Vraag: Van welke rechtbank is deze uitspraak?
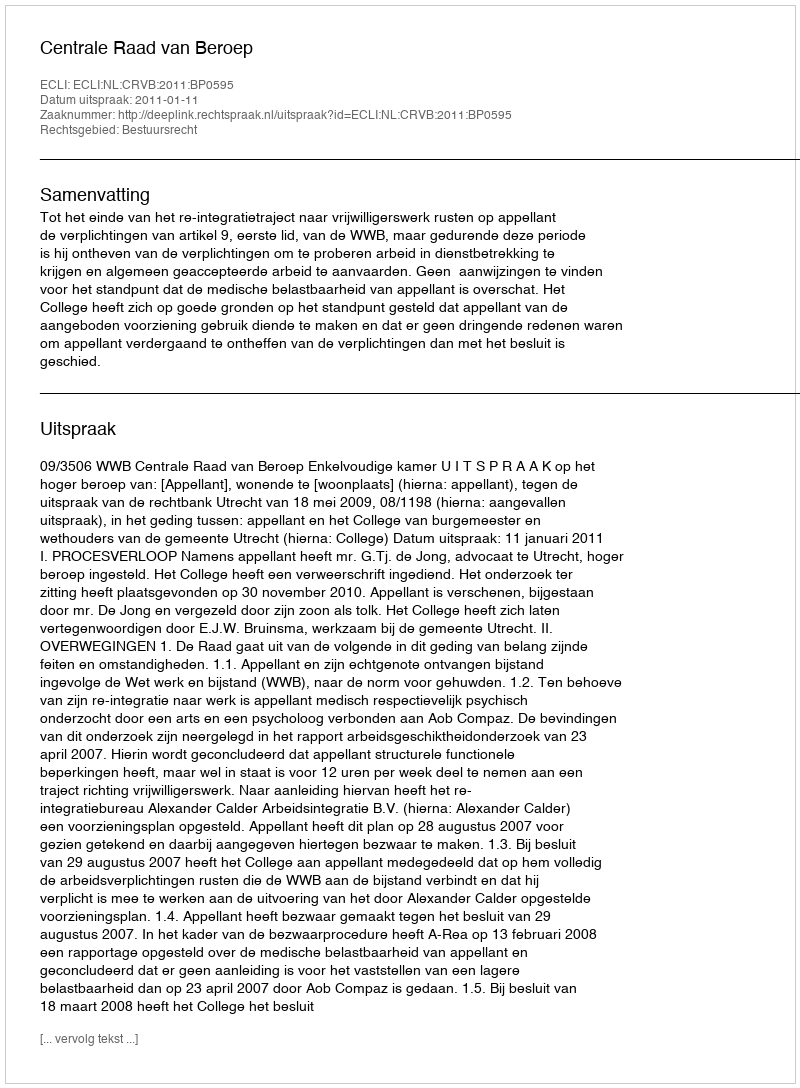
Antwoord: Centrale Raad van Beroep